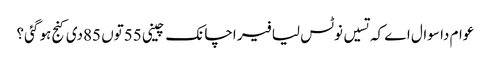
عوام دا سوال اے کہ تسیں نوٹس لیا فیر اچانک چینی 55توں 85دی کنج ہو گئی؟